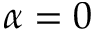
\alpha = 0